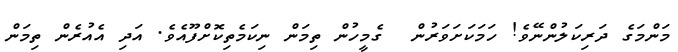
މަންމަގެ ދަރިކަލުންނޭވެ! ހަމަކަށަވަރުން  ގެމީހުން ތިމަން ނިކަމެތިކޮށްފޫއެވެ. އަދި އެއުރެން ތިމަން